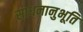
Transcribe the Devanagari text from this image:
साधनानुभूति